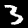
Digit: 3